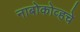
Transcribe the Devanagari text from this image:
नाबोकोव्हचे